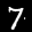
Label: 7